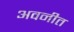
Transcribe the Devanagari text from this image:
अवनीत